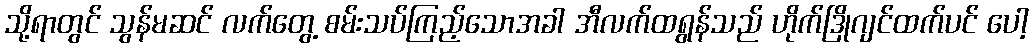
သို့ရာတွင် သွန်မဆင် လက်တွေ့ စမ်းသပ်ကြည့်သောအခါ အီလက်ထရွန်သည် ဟိုက်ဒြိုဂျင်ထက်ပင် ပေါ့